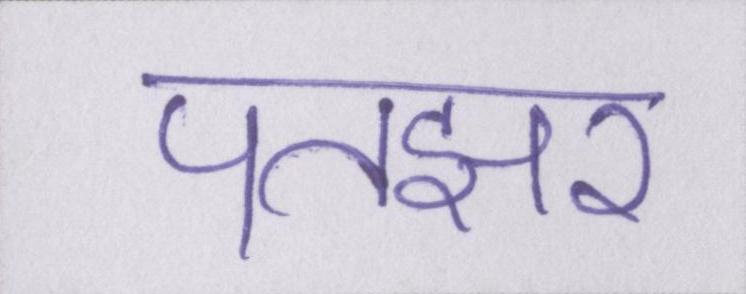
पतझर